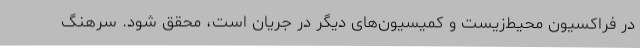
در فراکسیون محیط‌زیست و کمیسیون‌های دیگر در جریان است، محقق شود. سرهنگ